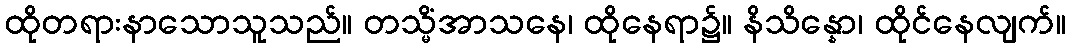
ထိုတရားနာသောသူသည်။ တသ္မိံအာသနေ၊ ထိုနေရာ၌။ နိသိန္နော၊ ထိုင်နေလျက်။